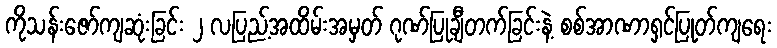
ကိုသန်းဇော်ကျဆုံးခြင်း ၂ လပြည့်အထိမ်းအမှတ် ဂုဏ်ပြုချီတက်ခြင်းနဲ့ စစ်အာဏာရှင်ပြုတ်ကျရေး